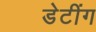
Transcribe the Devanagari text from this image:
डेटींग